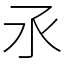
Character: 氶